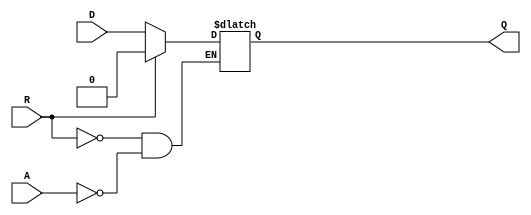
module async_register (
    input wire D,        // Data Input
    input wire A,        // Asynchronous Control Signal
    input wire R,        // Reset Signal
    output reg Q         // Data Output
);

// Asynchronous behavior
always @(*) begin
    if (R) begin
        Q <= 1'b0;      // Reset the register to 0
    end else if (A) begin
        Q <= D;         // Capture the data input when A is asserted
    end
    // If neither R nor A is asserted, Q retains its previous value
end

endmodule